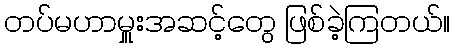
တပ်မဟာမှူးအဆင့်တွေ ဖြစ်ခဲ့ကြတယ်။